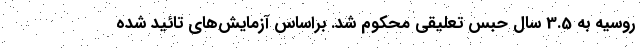
روسیه به 3.5 سال حبس تعلیقی محکوم شد. براساس آزمایش‌های تائید شده